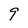
Character: 9